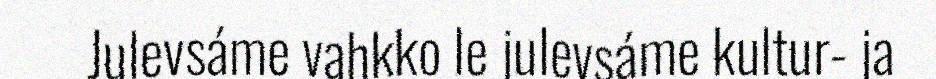
Julevsáme vahkko le julevsáme kultur- ja